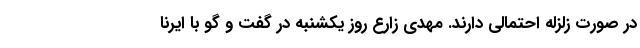
در صورت زلزله احتمالی دارند. مهدی زارع روز یکشنبه در گفت و گو با ایرنا